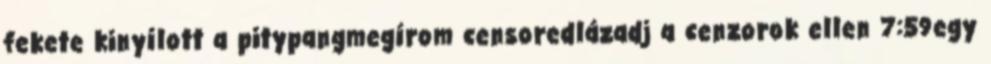
fekete kinyílott a pitypangmegírom censoredlázadj a cenzorok ellen 7:59egy